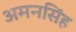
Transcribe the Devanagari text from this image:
अमनसिंह